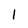
Character: l